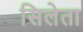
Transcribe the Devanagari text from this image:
सिलेता